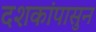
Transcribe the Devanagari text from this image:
दशकांपासुन